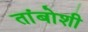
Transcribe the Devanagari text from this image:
तांबोशी